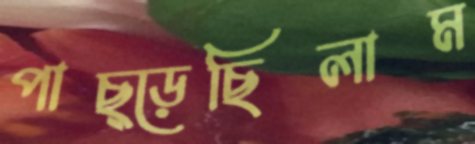
পাছ্‌ড়েছিলাম